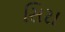
સિરા